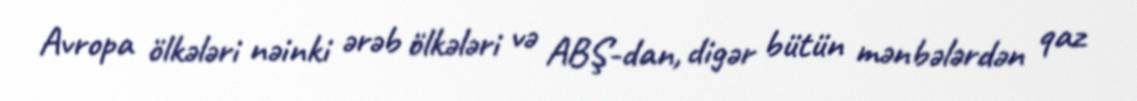
Avropa ölkələri nəinki ərəb ölkələri və ABŞ-dan, digər bütün mənbələrdən qaz